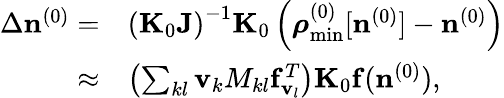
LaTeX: \begin{array}{rl}{\Delta{\mathbf n}^{(0)}=}&{\left({\mathbf K}_{0}{\mathbf J}\right)^{-1}{\mathbf K}_{0}\left({\boldsymbol\rho}_{\mathrm{min}}^{(0)}[{\mathbf n}^{(0)}]-{\mathbf n}^{(0)}\right)}\\ {\approx}&{\left(\sum_{kl}{\mathbf v}_{k}{M_{kl}}{{\mathbf f}_{{\mathbf v}_{l}}^{T}}\right){\mathbf K}_{0}{\mathbf f}({\mathbf n}^{(0)}),}\end{array}